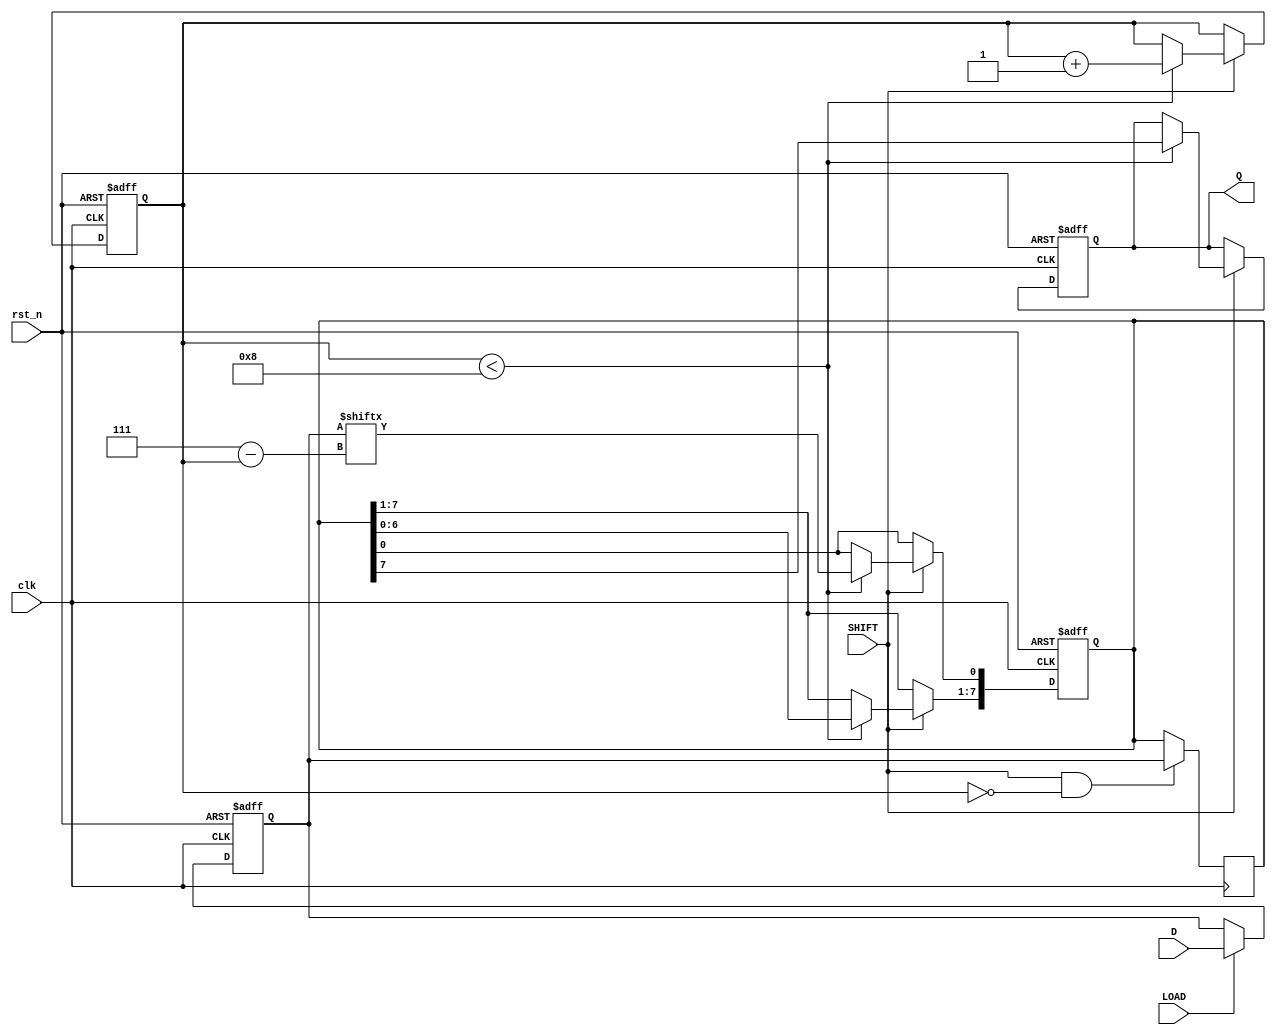
module TwoStagePISO (
    input wire clk,          // Clock signal
    input wire rst_n,       // Active low reset signal
    input wire [7:0] D,     // 8-bit parallel input data
    input wire LOAD,        // Load control signal
    input wire SHIFT,       // Shift control signal
    output reg Q            // Serial output
);

    reg [7:0] input_reg;    // Input stage register
    reg [7:0] output_reg;   // Output stage register
    reg [2:0] shift_count;  // Count for shifting bits

    // Asynchronous reset and loading of input data
    always @(posedge clk or negedge rst_n) begin
        if (!rst_n) begin
            input_reg <= 8'b0; // Clear input register on reset
            output_reg <= 8'b0; // Clear output register on reset
            Q <= 1'b0;          // Clear output Q on reset
            shift_count <= 3'b0; // Reset shift count
        end else begin
            if (LOAD) begin
                input_reg <= D; // Load parallel data into input register
            end
            
            if (SHIFT) begin
                if (shift_count < 8) begin
                    Q <= output_reg[7]; // Output the MSB of output register
                    output_reg <= {output_reg[6:0], 1'b0}; // Shift left
                    output_reg[0] <= input_reg[7 - shift_count]; // Load next bit from input
                    shift_count <= shift_count + 1; // Increment shift count
                end
            end
        end
    end

    // Load the input data into the output register when shifting starts
    always @(posedge clk) begin
        if (SHIFT && shift_count == 0) begin
            output_reg <= input_reg; // Initialize output register with input data
        end
    end

endmodule